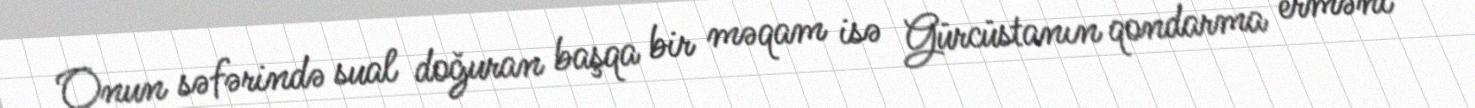
Onun səfərində sual doğuran başqa bir məqam isə Gürcüstanın qondarma erməni